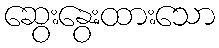
ဆွေးနွေးထားသော